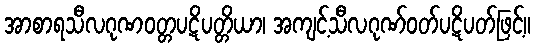
အာစာရသီလဂုဏဝတ္တပဋိပတ္တိယာ၊ အကျင့်သီလဂုဏ်ဝတ်ပဋိပတ်ဖြင့်။